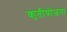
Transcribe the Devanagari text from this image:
कृतीयोजना